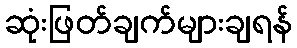
ဆုံးဖြတ်ချက်များချရန်